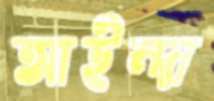
আইন্দা